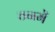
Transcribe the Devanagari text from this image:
ठनमें